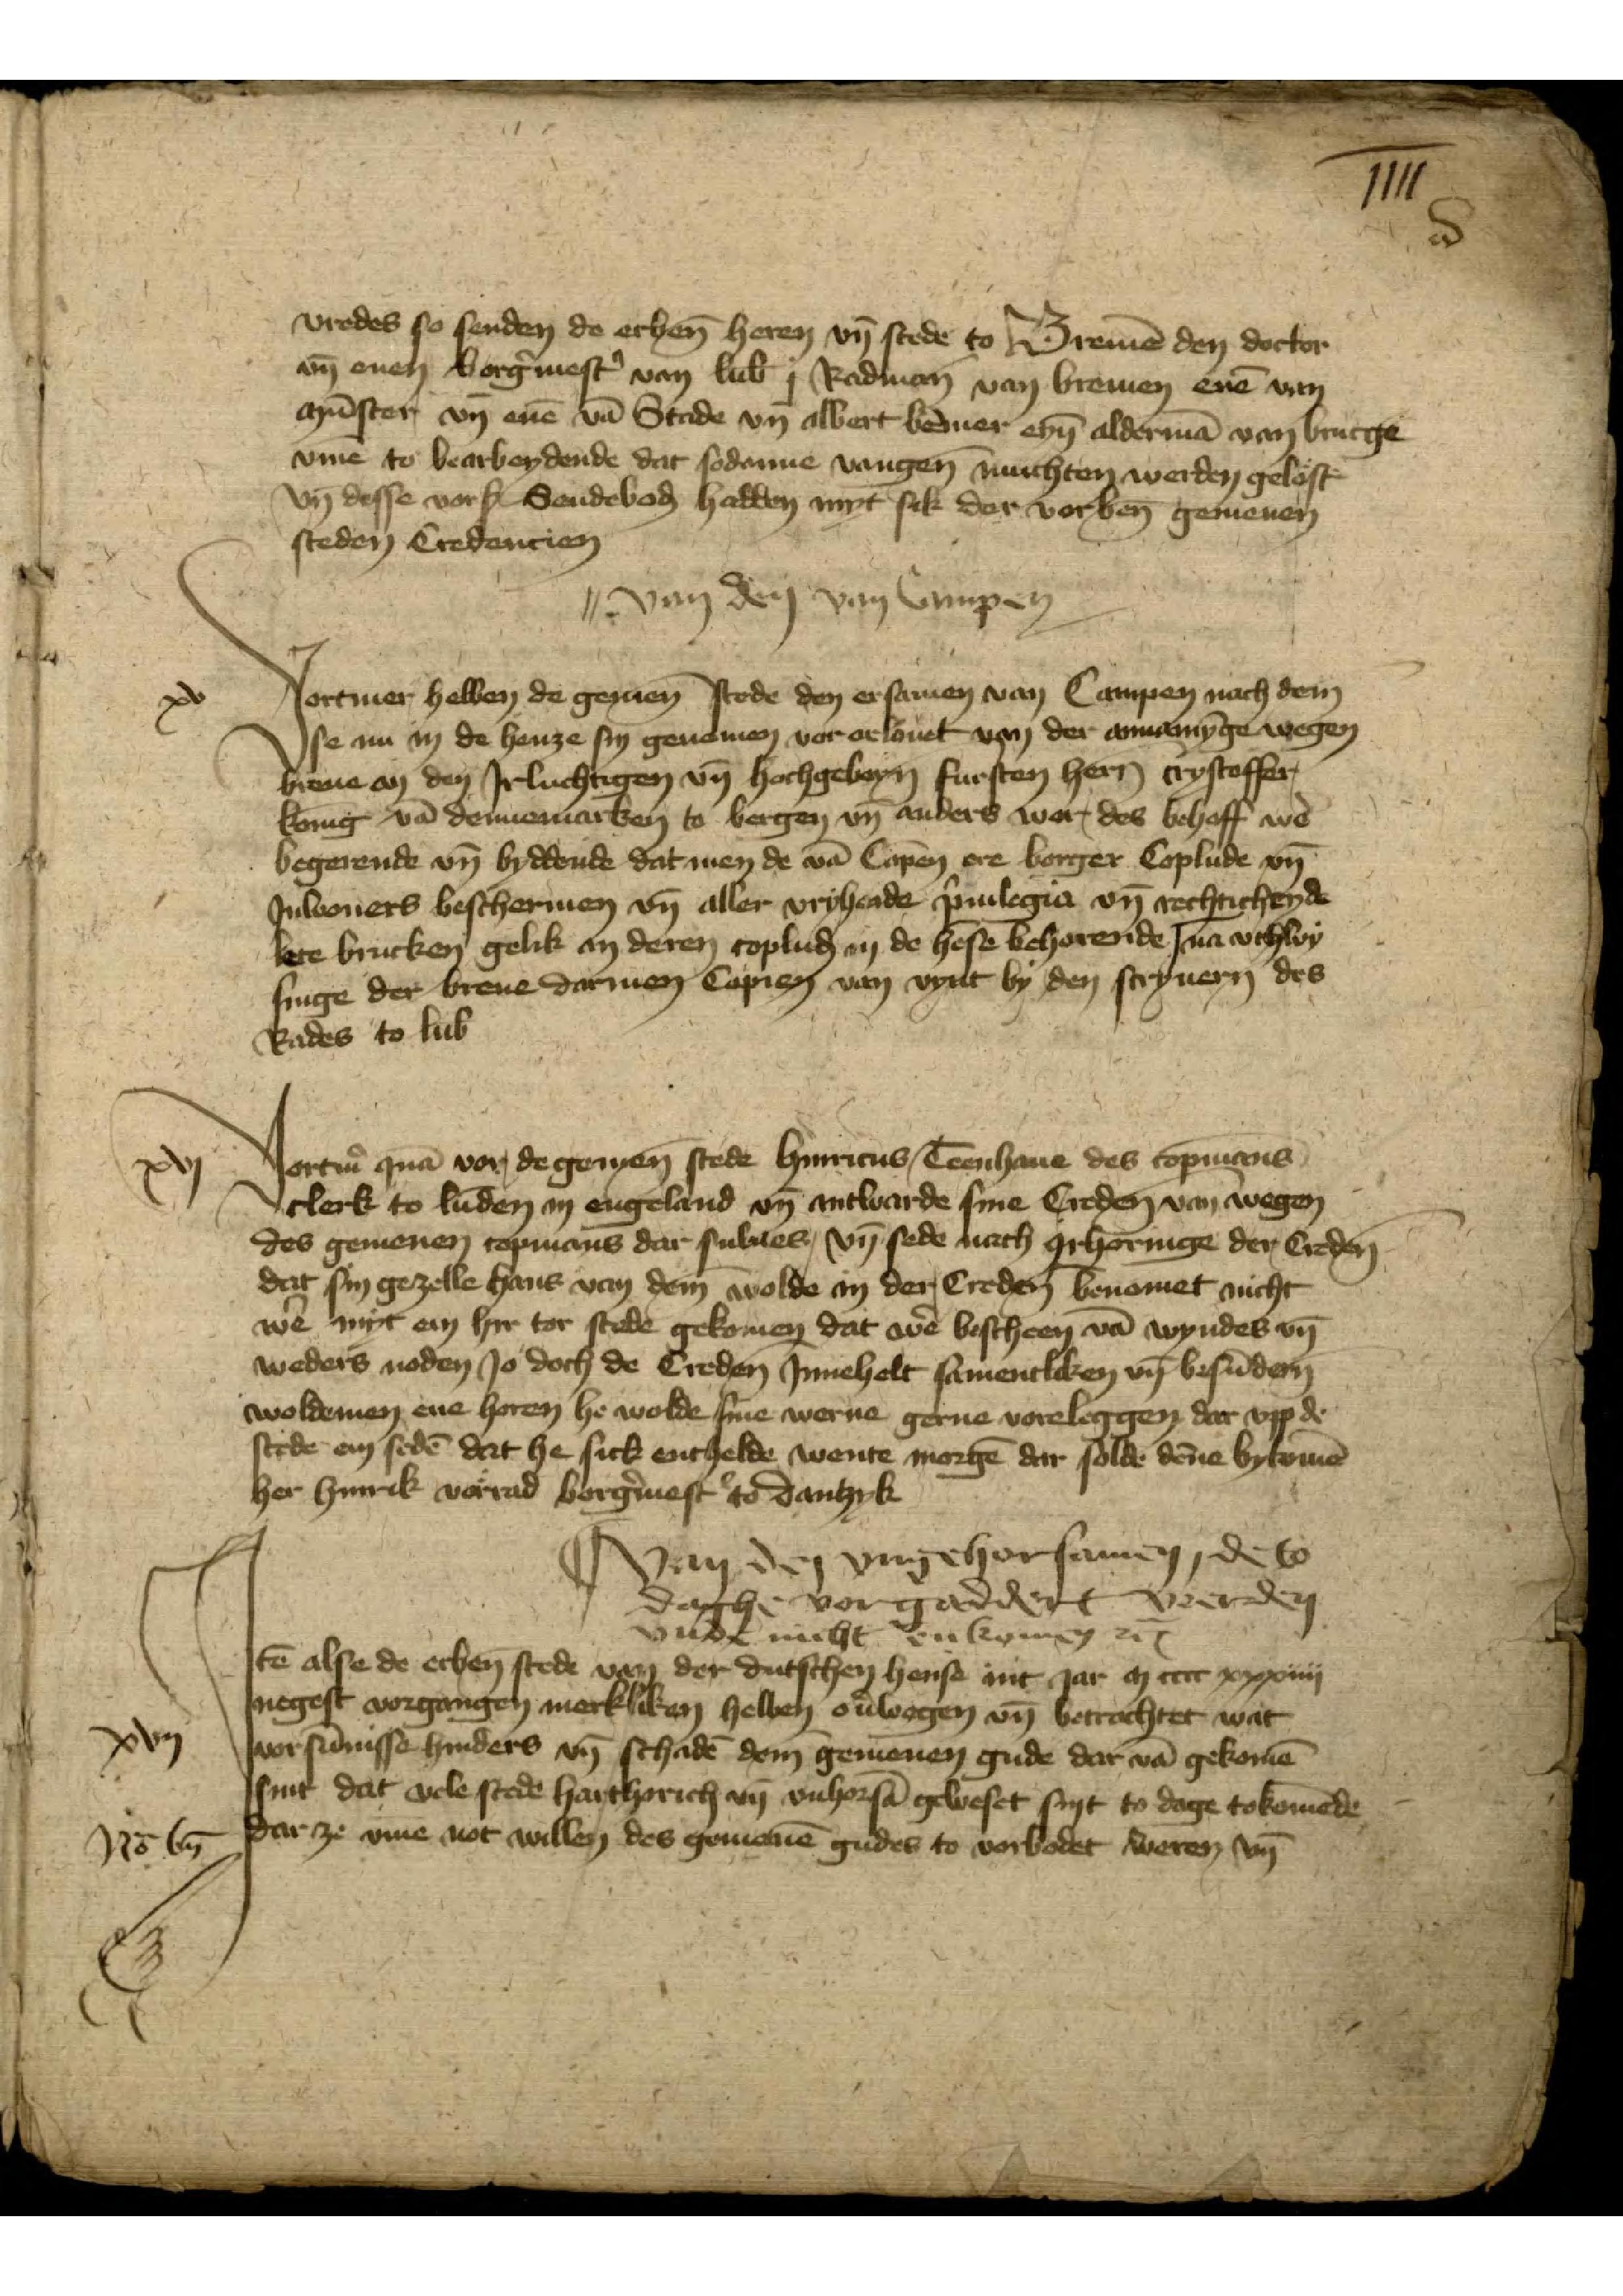
iiii

vredes so senden de erbenomden heren vnd stede Bremen den doctor
vnd enen borgermester van Lubeke j Radman van Bremen enen van
Munster vnd enen van Stade vnd Albert Bermer einen olderman van Brucge
vmme to bearbeydende dat sodanne vangenen muchten werden gelost
vnd desse vorscreuen Sendeboden hedden myt sik dar vorbenomend gemenen
steden Credencien

xv

van den van Campen
Vortmer hebben de gemenen stede den ersamen van Campen nach dem
se nu in de henze sey genomen vor oelouet van der annamynge wegen
breue an den Jrluchtigen vnd hochgebornen fursten hern Crystoffer
koning van Dennemarken to Bergen vnd anders wor des behoff were
begerende vnd byddende dat men de van Campen ere Borger Coplude vnd
Jwoners beschermen vnd aller vryheide priuilegia vnd rechtichheyde
lete brucken gelik an deren copluden in de hense behorende | na vthwy¬
singe der breue darmen Copien van vynt by den schryuern des
Rades to Lubeke

xvj

Vortm̉ quā vor de gemen̄ stede Hinricus Teenhaue des copmans
clerk to Lūden in Engeland vn̄ antwarde sine Creden̄ van wegen
des gemenen copmans dar sulues, vn̄ sede nach orhoringe der Creden̄
dat sin gezelle Hans van dem Wolde in der Creden̄ benomet nicht
wẻ myt em hir tor stede gekomen dat aủe bescheen vā wyndes vn̄
weders noden Jo doch de Creden̄ Jnneholt samentliken vn̄ besūder̉n
woldemen ene horen he wolde sine werue gerne voreleggen dat vpp de
stede em sedē dat he sick enthelde wente morgē dar solde dēne bycomē
her Hinrik Vorrad borg̉mest̉ to Dantzyk

J

Van den vngehorsamen, de to
dache vorgaddert werden
vnde nicht enkomen etcetera
Jtem alse de erbenomed stede van der dutschen hense int Jar m cccc xxxiiij
negest vorgangen merkliken hebben ouerwogen vnd betrachtet wat
vorsunnisse hinders vnd schaden deme gemenen gude dat van gekomen
sint dat vele stede harthorich vnd vnhorsan geweset synt to dage tokomende
dar ze vmme not willen des gemenen gudes to vorbodet weren vnd

xvij

Nō bȳ